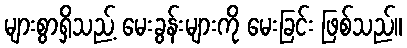
များစွာရှိသည့် မေးခွန်းများကို မေးခြင်း ဖြစ်သည်။